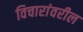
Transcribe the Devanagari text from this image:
विचारांवरील